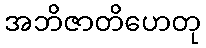
အဘိဇာတိဟေတု